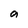
Character: a